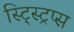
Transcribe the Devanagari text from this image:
स्ट्स्ट्रिप्स